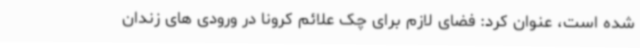
شده است، عنوان کرد: فضای لازم برای چک علائم کرونا در ورودی های زندان